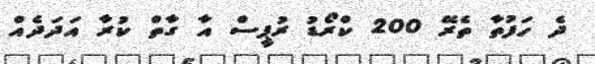
ދެ ހަފުތާ ތެރޭ 200 ކްރޯޑު ރުޕީސް އާ ގާތް ކުރާ އަދަދެއް